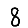
Digit: 8